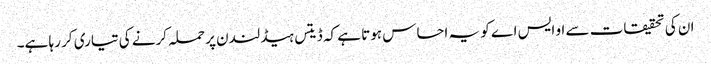
ان کی تحقیقات سے او ایس اے کو یہ احساس ہوتا ہے کہ ڈیتس ہیڈ لندن پر حملہ کرنے کی تیاری کر رہا ہے۔